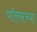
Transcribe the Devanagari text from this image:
पॉलसच्या